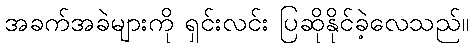
အခက်အခဲများကို ရှင်းလင်း ပြဆိုနိုင်ခဲ့လေသည်။